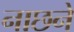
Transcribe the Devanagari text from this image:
नाछने